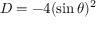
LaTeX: D = - 4 ( \sin \theta ) ^ { 2 }